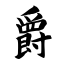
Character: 爵